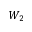
W _ { 2 }